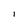
Character: 1